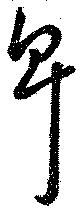
卑